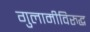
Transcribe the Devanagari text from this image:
गुलामीविरुद्ध